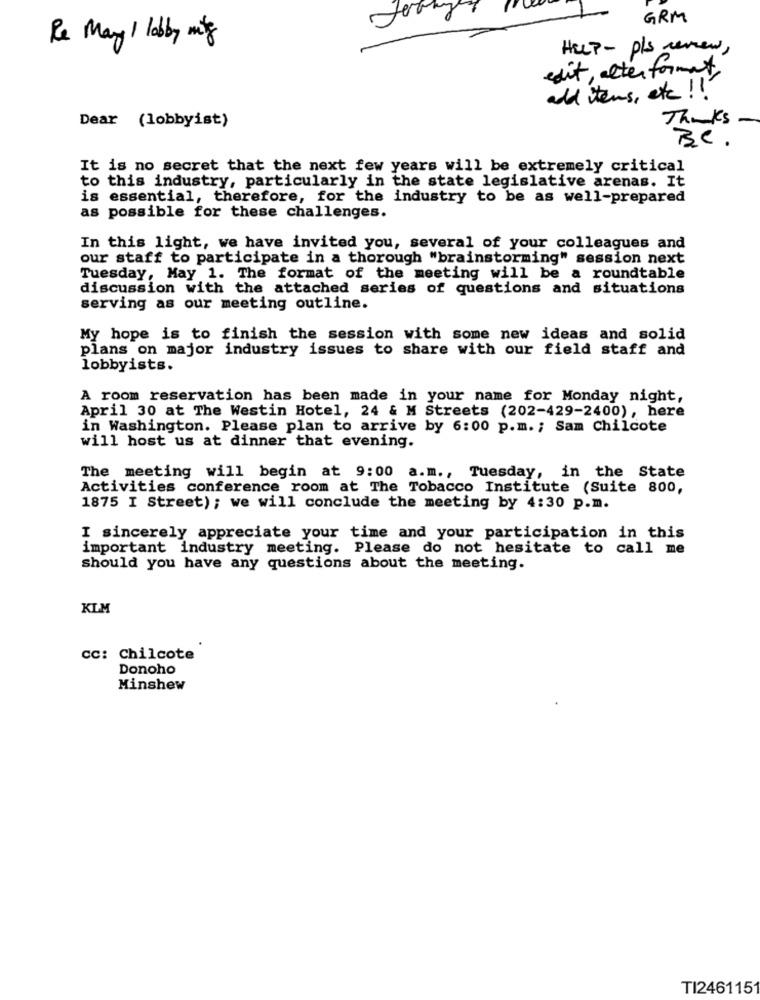
GRM
Re May ! lobby mitg
HELP- pls review,
edit, alter format
add items, etc ! !
Thanks
Dear (lobbyist)
Be .
It is no secret that the next few years will be extremely critical
to this industry, particularly in the state legislative arenas. It
is essential, therefore, for the industry to be as well-prepared
as possible for these challenges.
In this light, we have invited you, several of your colleagues and
our staff to participate in a thorough "brainstorming" session next
Tuesday, May 1. The format of the meeting will be a roundtable
discussion with the attached series of questions and situations
serving as our meeting outline.
My hope is to finish the session with some new ideas and solid
plans on major industry issues to share with our field staff and
lobbyists.
A room reservation has been made in your name for Monday night,
April 30 at The Westin Hotel, 24 & M Streets (202-429-2400), here
in Washington. Please plan to arrive by 6:00 p.m. ; Sam Chilcote
will host us at dinner that evening.
The meeting will begin at 9:00 a.m ., Tuesday, in the State
Activities conference room at The Tobacco Institute (Suite 800,
1875 I Street) ; we will conclude the meeting by 4:30 p.m.
I sincerely appreciate your time and your participation in this
important industry meeting. Please do not hesitate to call me
should you have any questions about the meeting.
KLM
cc: Chilcote
Donoho
Minshew
TI2461151